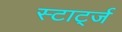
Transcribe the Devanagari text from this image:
स्टार्ट्ज